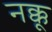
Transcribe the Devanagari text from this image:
नक्कू